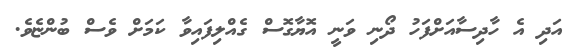
އަދި އެ ހާދިސާއަށްފަހު ދޯނި ވަނީ އޮޔާގޮސް ގެއްލިފައިވާ ކަމަށް ވެސް ބުންޏެވެ.